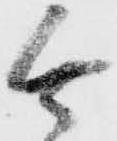
無